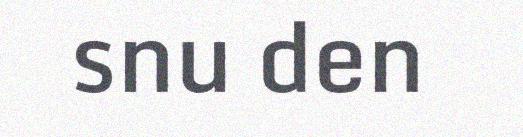
snu den